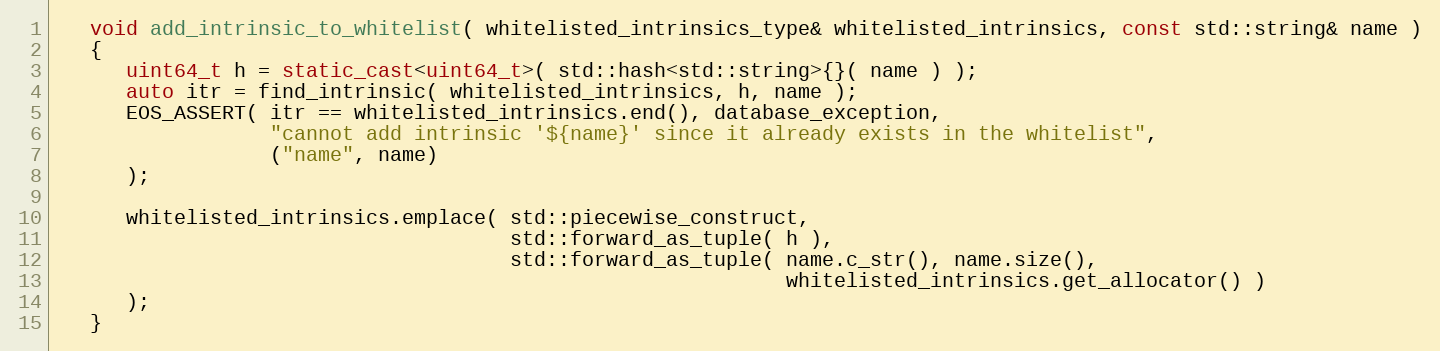
Language: C++
   void add_intrinsic_to_whitelist( whitelisted_intrinsics_type& whitelisted_intrinsics, const std::string& name )
   {
      uint64_t h = static_cast<uint64_t>( std::hash<std::string>{}( name ) );
      auto itr = find_intrinsic( whitelisted_intrinsics, h, name );
      EOS_ASSERT( itr == whitelisted_intrinsics.end(), database_exception,
                  "cannot add intrinsic '${name}' since it already exists in the whitelist",
                  ("name", name)
      );

      whitelisted_intrinsics.emplace( std::piecewise_construct,
                                      std::forward_as_tuple( h ),
                                      std::forward_as_tuple( name.c_str(), name.size(),
                                                             whitelisted_intrinsics.get_allocator() )
      );
   }